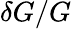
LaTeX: \delta G/G